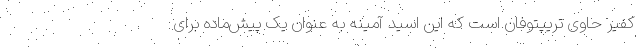
کفیر حاوی تریپتوفان است که این اسید آمینه به عنوان یک پیش‌ماده برای